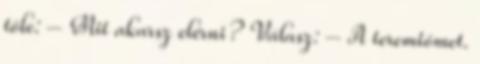
tőle: – Mit akarsz elérni? Válasz: – A teremtőmet.